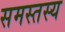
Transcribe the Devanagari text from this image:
समस्तस्य